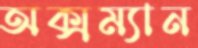
অক্সম্যান